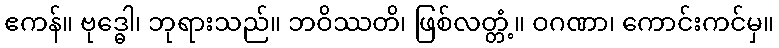
ဧကန်။ ဗုဒ္ဓေါ၊ ဘုရားသည်။ ဘဝိဿတိ၊ ဖြစ်လတ္တံ့။ ဝဂဏာ၊ ကောင်းကင်မှ။